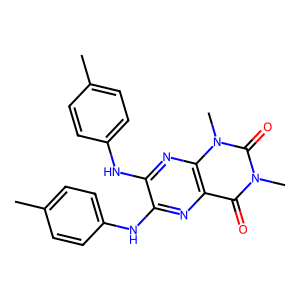
SMILES: Cc1ccc(Nc2nc3c(=O)n(C)c(=O)n(C)c3nc2Nc2ccc(C)cc2)cc1
Inhibits HIV replication: No